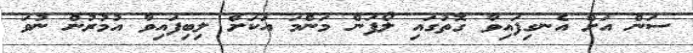
ސަން އަށް އެނގިފައިވާ ގޮތުގައި ލޯފަން މަންމަ އަކަށް ލިބިފައިވާ އުމުރުން ނުވަ